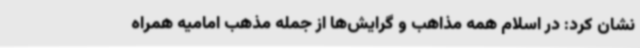
نشان کرد: در اسلام همه مذاهب و گرایش‌ها از جمله مذهب امامیه همراه